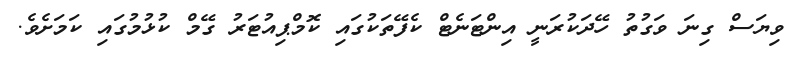
ވިޔަސް ގިނަ ވަގުތު ހޭދަކުރަނީ އިންޓަނެޓް ކެފޭތަކުގައި ކޮމްޕިއުޓަރު ގޭމް ކުޅުމުގައި ކަމަށެވެ.